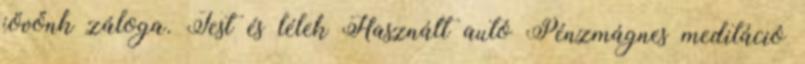
jövőnk záloga. Test és lélek Használt autó Pénzmágnes meditáció